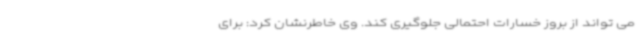
می تواند از بروز خسارات احتمالی جلوگیری کند. وی خاطرنشان کرد: برای